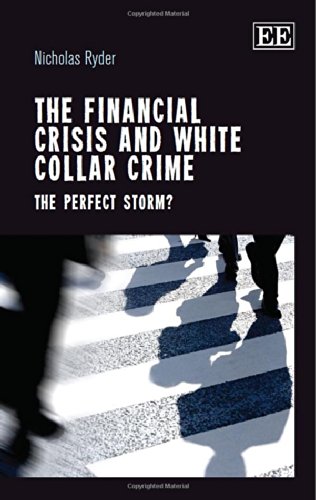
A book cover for The Financial Crisis and White Collar Crime: The Perfect Storm?; Nicholas Ryder; Law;